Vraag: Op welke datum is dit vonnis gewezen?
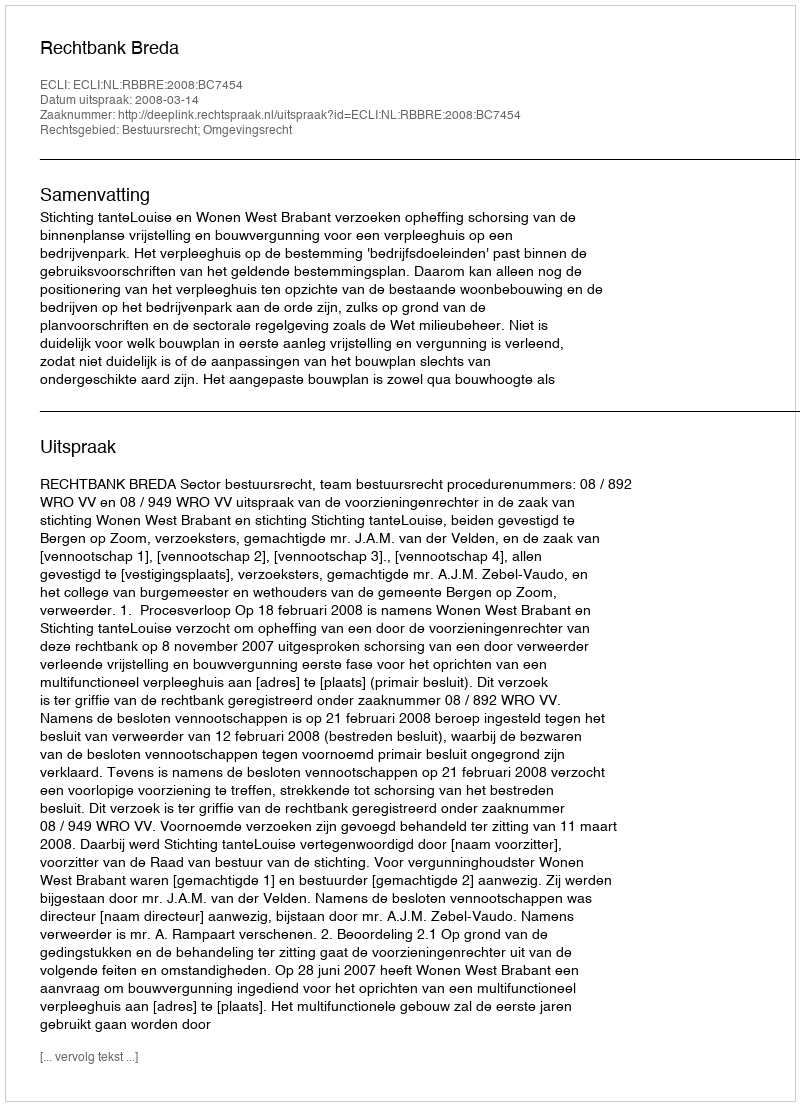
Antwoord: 2008-03-14